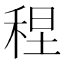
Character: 𫀴